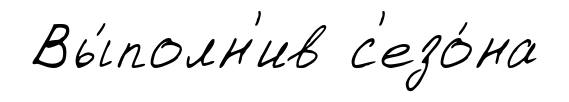
Вы́полн'ив с'езо́на